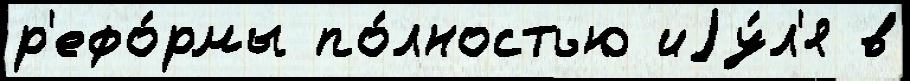
р'ефо́рмы по́лностью иjу́л'я в